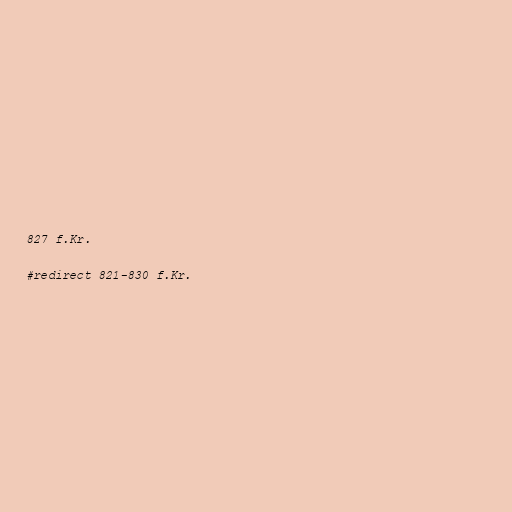
827 f.Kr.

#redirect 821-830 f.Kr.